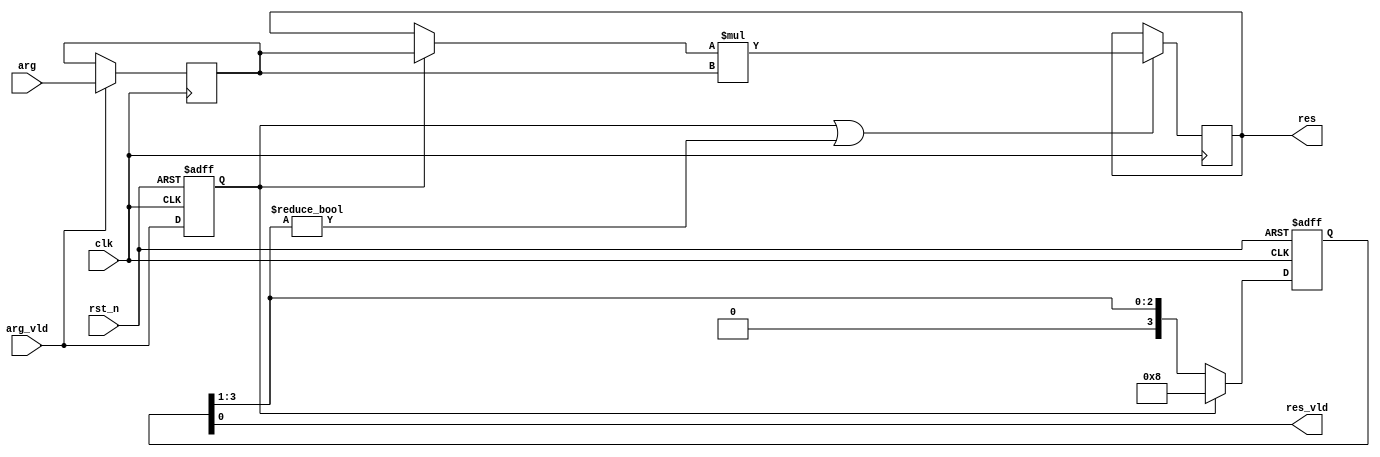
// This program was cloned from: https://github.com/RomeoMe5/DDLM
// License: MIT License

module pow_5_multi_cycle_always
# (
    parameter w = 8
)
(
    input            clk,
    input            rst_n,
    input            arg_vld,
    input  [w - 1:0] arg,
    output           res_vld,
    output [w - 1:0] res
);

    reg           arg_vld_q;
    reg [w - 1:0] arg_q;

    always @ (posedge clk or negedge rst_n)
        if (! rst_n)
            arg_vld_q <= 1'b0;
        else
            arg_vld_q <= arg_vld;
    
    always @ (posedge clk)
        if (arg_vld)
            arg_q <= arg;

    reg [3:0] shift;

    always @ (posedge clk or negedge rst_n)
        if (! rst_n)
            shift <= 4'b0;
        else if (arg_vld_q)
            shift <= 4'b1000;
        else
            shift <= shift >> 1;

    assign res_vld = shift [0];

    reg  [w - 1:0] mul_q;
    wire [w - 1:0] mul_d = (arg_vld_q ? arg_q : mul_q) * arg_q;

    // TODO: reduce switching

    always @(posedge clk)
        if (arg_vld_q || shift [3:1] != 3'b0)
            mul_q <= mul_d;

    assign res = mul_q;

endmodule